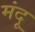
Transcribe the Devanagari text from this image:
मंदू